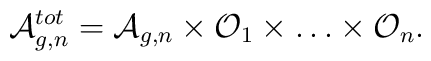
{\cal A}_{g,n}^{tot}={\cal A}_{g,n}\times {\cal O}_{1}\times \dots\times {\cal O}_{n}.